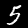
Label: 5